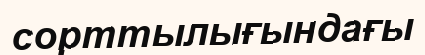
сорттылығындағы